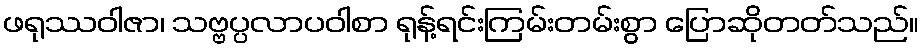
ဖရုဿဝါဇာ၊ သဗ္ဗပ္ပလာပဝါစာ ရုန့်ရင်းကြမ်းတမ်းစွာ ပြောဆိုတတ်သည်။